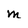
Character: M